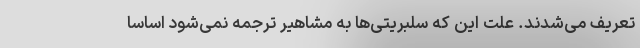
تعریف می‌شدند. علت این که سلبریتی‌ها به مشاهیر ترجمه نمی‌شود اساسا